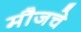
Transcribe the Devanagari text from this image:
मौजचे